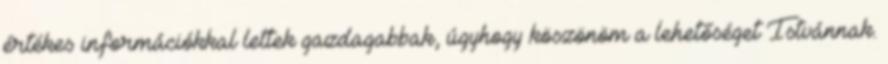
értékes információkkal lettek gazdagabbak, úgyhogy köszönöm a lehetőséget Istvánnak.